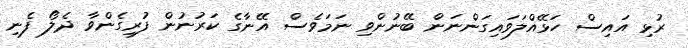
ރުޅި އައިސް ހަޅޭއްލަވައިގަންނަން ބޭނުންވި ނަމަވެސް އޭނާގެ ކަރުނުން ފުރިގެންވާ ދެލޯ ފެނި